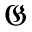
\mathfrak { G }